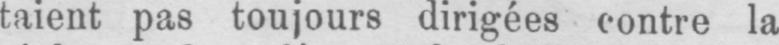
taient pas toujours dirigées contre la